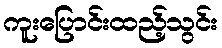
ကူးပြောင်းထည့်သွင်း